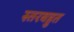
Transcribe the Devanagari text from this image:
स्तरबहुत